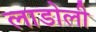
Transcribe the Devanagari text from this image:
लाडोली